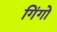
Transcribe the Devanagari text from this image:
गिंगो